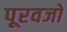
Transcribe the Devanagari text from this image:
पूरवजो